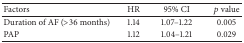
| Factors | HR | 95% CI | pvalue |
 | --- | --- | --- | --- |
 | Duration of AF (>36 months) | 1.14 | 1.07–1.22 | 0.005 |
 | PAP | 1.12 | 1.04–1.21 | 0.029 |